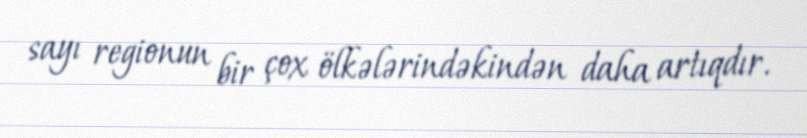
sayı regionun bir çox ölkələrindəkindən daha artıqdır.